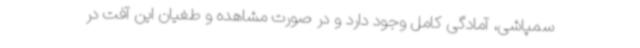
سمپاشی، آمادگی کامل وجود دارد و در صورت مشاهده و طغیان این آفت در